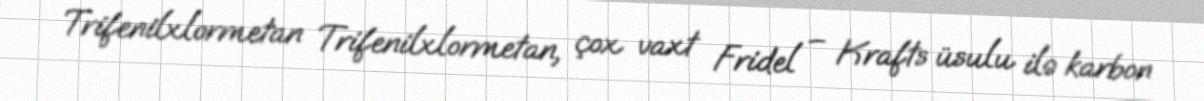
Trifenilxlormetan Trifenilxlormetan, çox vaxt Fridel – Krafts üsulu ilə karbon